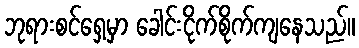
ဘုရားစင်ရှေ့မှာ ခေါင်းငိုက်စိုက်ကျနေသည်။